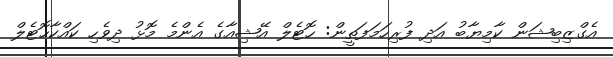
އެގްޒިބިޝަން ކާމިޔާބު އަދި ފުރިހަމަފަތީން: ހޮޓެލް އޭޝިއާގެ އެންމެ މޮޅު ދިވެހި ކައްކާހޮޓެލް